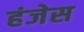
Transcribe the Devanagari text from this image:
हंजेस